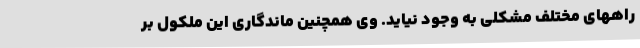
راههای مختلف مشکلی به وجود نیاید. وی همچنین ماندگاری این ملکول بر